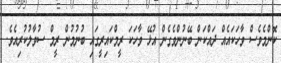
ކޮންމެވެސް ވާހަކައެއް ދައްކަން ބޭނުންވެގެން އުޅޭ ވާހަކަ ރީމްކައިރީގައި ބުނުމުން ރީމް ސުވާލުކުރިއެވެ.